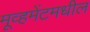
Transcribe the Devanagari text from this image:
मूव्हमेंटमधील